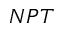
N P T